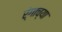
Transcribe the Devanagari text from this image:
र्ंगाच्या